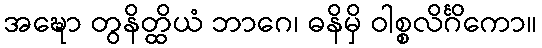
အဍ္ဎော တွနိတ္ထိယံ ဘာဂေ၊ ဓနိမှိ ဝါစ္စလိင်္ဂိကော။